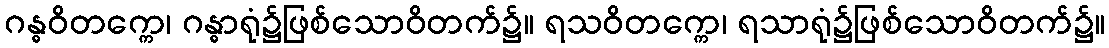
ဂန္ဓဝိတက္ကေ၊ ဂန္ဓာရုံ၌ဖြစ်သောဝိတက်၌။ ရသဝိတက္ကေ၊ ရသာရုံ၌ဖြစ်သောဝိတက်၌။